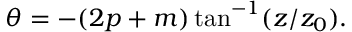
\begin{array} { r } { \theta = - ( 2 p + m ) \tan ^ { - 1 } ( z / z _ { 0 } ) . } \end{array}